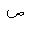
Letter: _sad